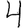
Digit: 4